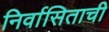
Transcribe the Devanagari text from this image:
निर्वासिताची